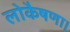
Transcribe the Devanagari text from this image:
लोकैषणा।